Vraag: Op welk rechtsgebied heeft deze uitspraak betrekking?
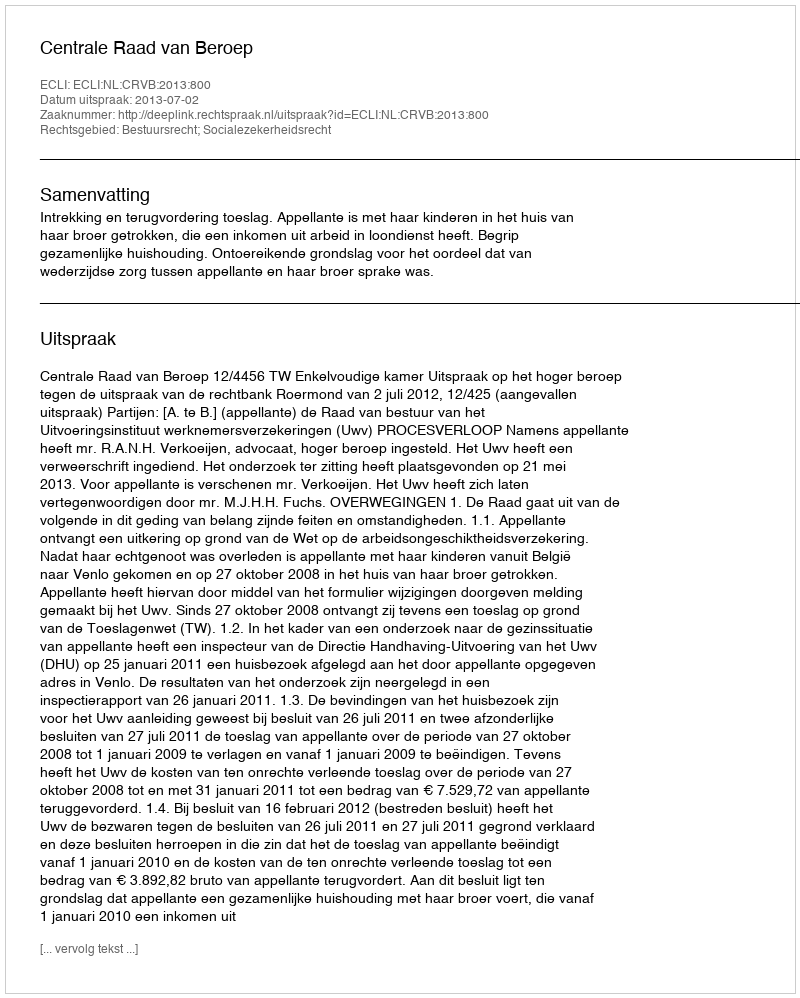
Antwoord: Bestuursrecht; Socialezekerheidsrecht